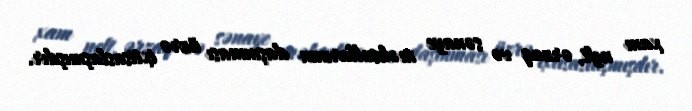
xam neft, ərzaq və sənaye məhsullarının daşınması üzrə ixtisaslaşmışdır.